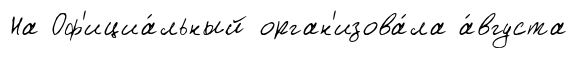
На Оф'ициа́льный орган'изова́ла а́вгуста